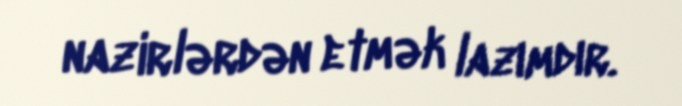
nazirlərdən etmək lazımdır.